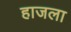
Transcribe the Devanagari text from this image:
हाजला